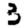
Digit: 3